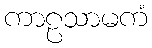
ကာဠသာမကံ